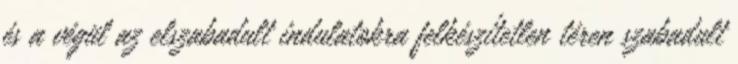
és a végül az elszabadult indulatokra felkészítetlen téren szabadult